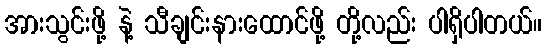
အားသွင်းဖို့ နဲ့ သီချင်းနားထောင်ဖို့ တို့လည်း ပါရှိပါတယ်။